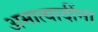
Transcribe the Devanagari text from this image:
अमात्यादींना